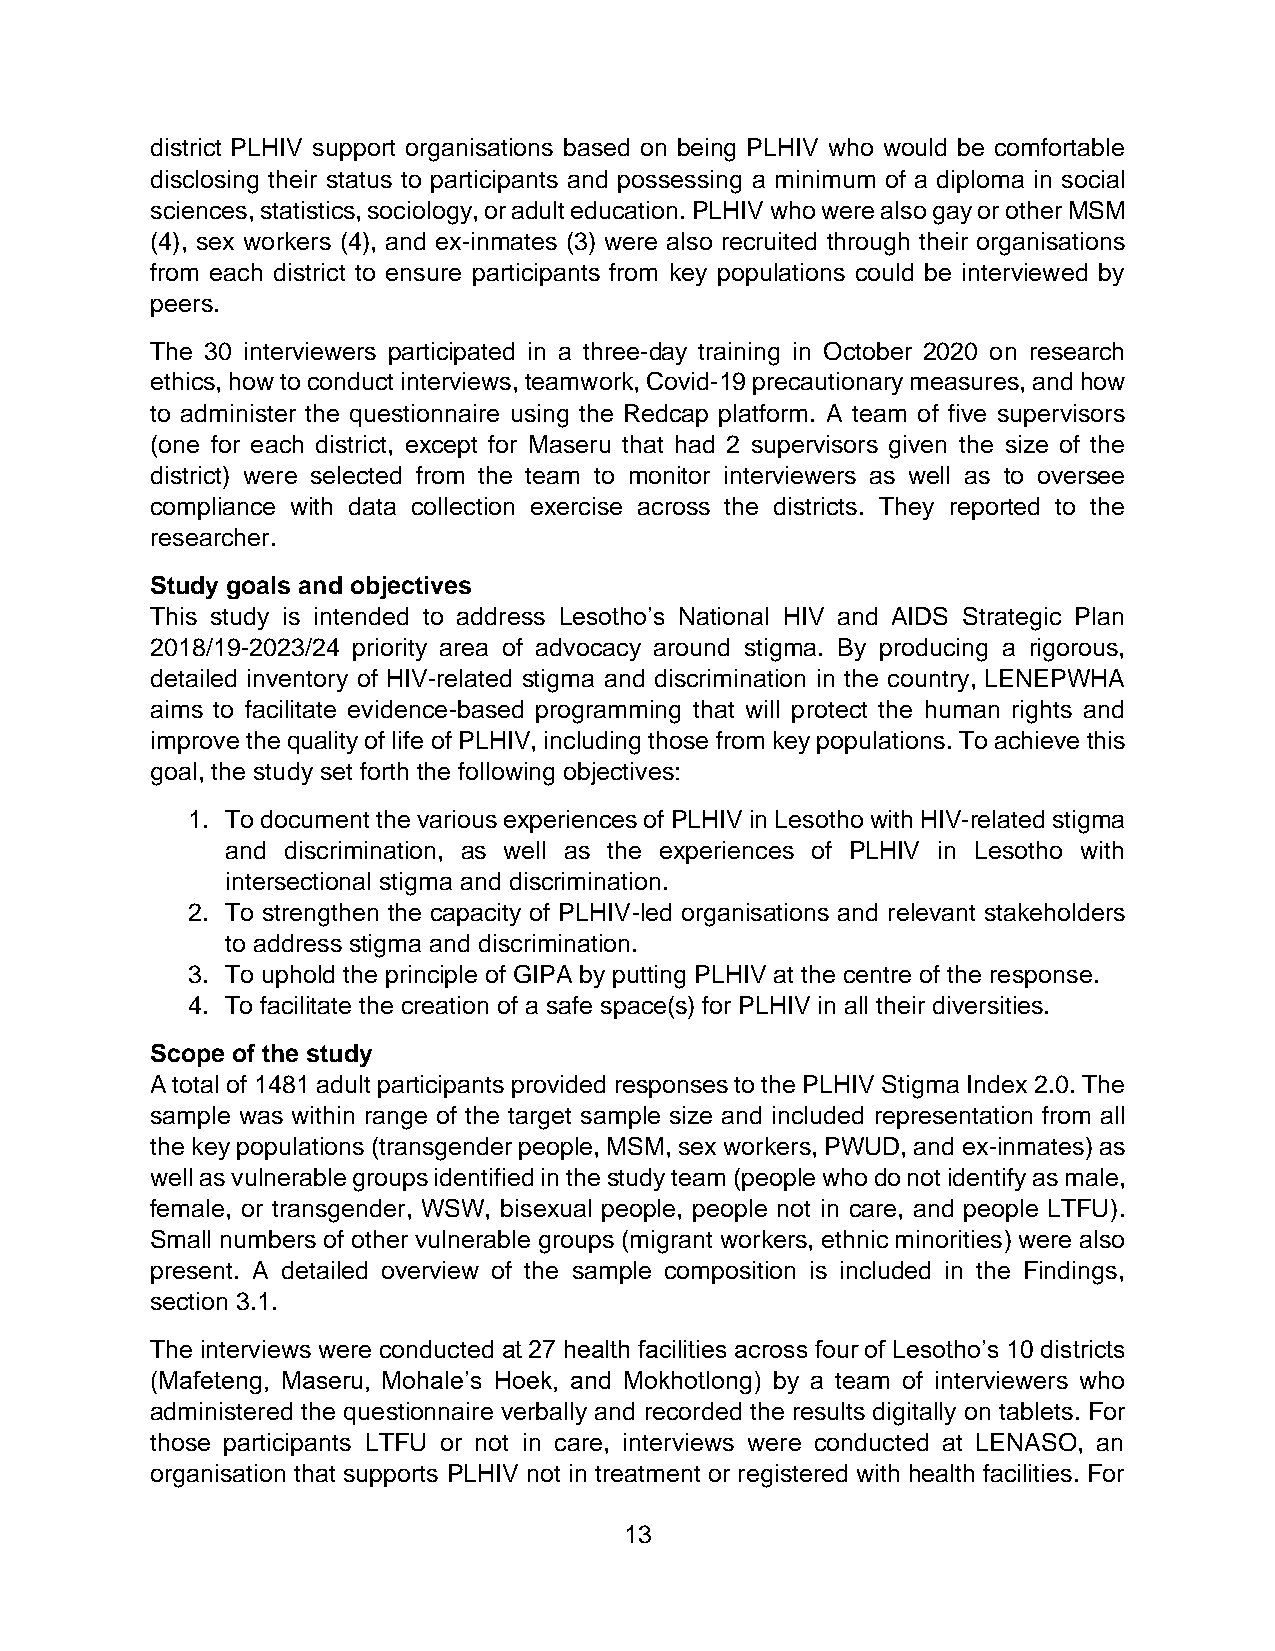
district PLHIV support organisations based on being PLHIV who would be comfortable
 disclosing their status to participants and possessing a minimum of a diploma in social
 sciences, statistics, sociology, or adult education. PLHIV who were also gay or other MSM
 (4), sex workers (4), and ex-inmates (3) were also recruited through their organisations
 from each district to ensure participants from key populations could be interviewed by
 peers.
 The 30 interviewers participated in a three-day training in October 2020 on research
 ethics, how to conduct interviews, teamwork, Covid-19 precautionary measures, and how
 to administer the questionnaire using the Redcap platform. A team of five supervisors
 (one for each district, except for Maseru that had 2 supervisors given the size of the
 district) were selected from the team to monitor interviewers as well as to oversee
 compliance with data collection exercise across the districts. They reported to the
 researcher.
 Study goals and objectives
 This study is intended to address Lesotho’s National HIV and AIDS Strategic Plan
 2018/19-2023/24 priority area of advocacy around stigma. By producing a rigorous,
 detailed inventory of HIV-related stigma and discrimination in the country, LENEPWHA
 aims to facilitate evidence-based programming that will protect the human rights and
 improve the quality of life of PLHIV, including those from key populations. To achieve this
 goal, the study set forth the following objectives:
 1. To document the various experiences of PLHIV in Lesotho with HIV-related stigma
 and discrimination, as well as the experiences of PLHIV in Lesotho with
 intersectional stigma and discrimination.
 2. To strengthen the capacity of PLHIV-led organisations and relevant stakeholders
 to address stigma and discrimination.
 3. To uphold the principle of GIPA by putting PLHIV at the centre of the response.
 4. To facilitate the creation of a safe space(s) for PLHIV in all their diversities.
 Scope of the study
 A total of 1481 adult participants provided responses to the PLHIV Stigma Index 2.0. The
 sample was within range of the target sample size and included representation from all
 the key populations (transgender people, MSM, sex workers, PWUD, and ex-inmates) as
 well as vulnerable groups identified in the study team (people who do not identify as male,
 female, or transgender, WSW, bisexual people, people not in care, and people LTFU).
 Small numbers of other vulnerable groups (migrant workers, ethnic minorities) were also
 present. A detailed overview of the sample composition is included in the Findings,
 section 3.1.
 The interviews were conducted at 27 health facilities across four of Lesotho’s 10 districts
 (Mafeteng, Maseru, Mohale’s Hoek, and Mokhotlong) by a team of interviewers who
 administered the questionnaire verbally and recorded the results digitally on tablets. For
 those participants LTFU or not in care, interviews were conducted at LENASO, an
 organisation that supports PLHIV not in treatment or registered with health facilities. For
 13